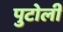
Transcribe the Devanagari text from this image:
पुटोली